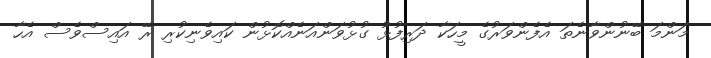
މަންމަ ބޭނުންވާނެތަ އެފެންވަރުގެ މީހަކާ ދަރިފުޅު ގުޅުވަންއަނެއްކޮޅުން ކައިވެނިކުރި ރޭ އައިސްވެސް އެހާ